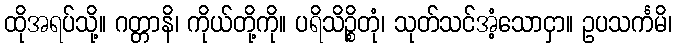
ထိုအရပ်သို့။ ဂတ္တာနိ၊ ကိုယ်တို့ကို။ ပရိသိဉ္စိတုံ၊ သုတ်သင်အံ့သောငှာ။ ဥပသင်္ကမိ၊